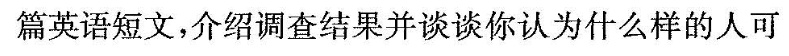
篇英语短文，介绍调查结果并谈谈你认为什么样的人可